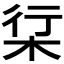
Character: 𱣒